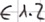
Text: E1.2